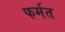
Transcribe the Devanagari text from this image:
फर्मत